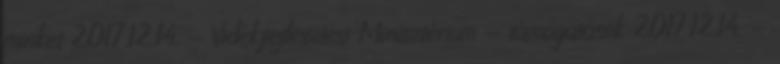
minket 2017.12.14. - Vidékfejlesztési Minisztérium - támogatások 2017.12.14. -